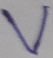
Text: V